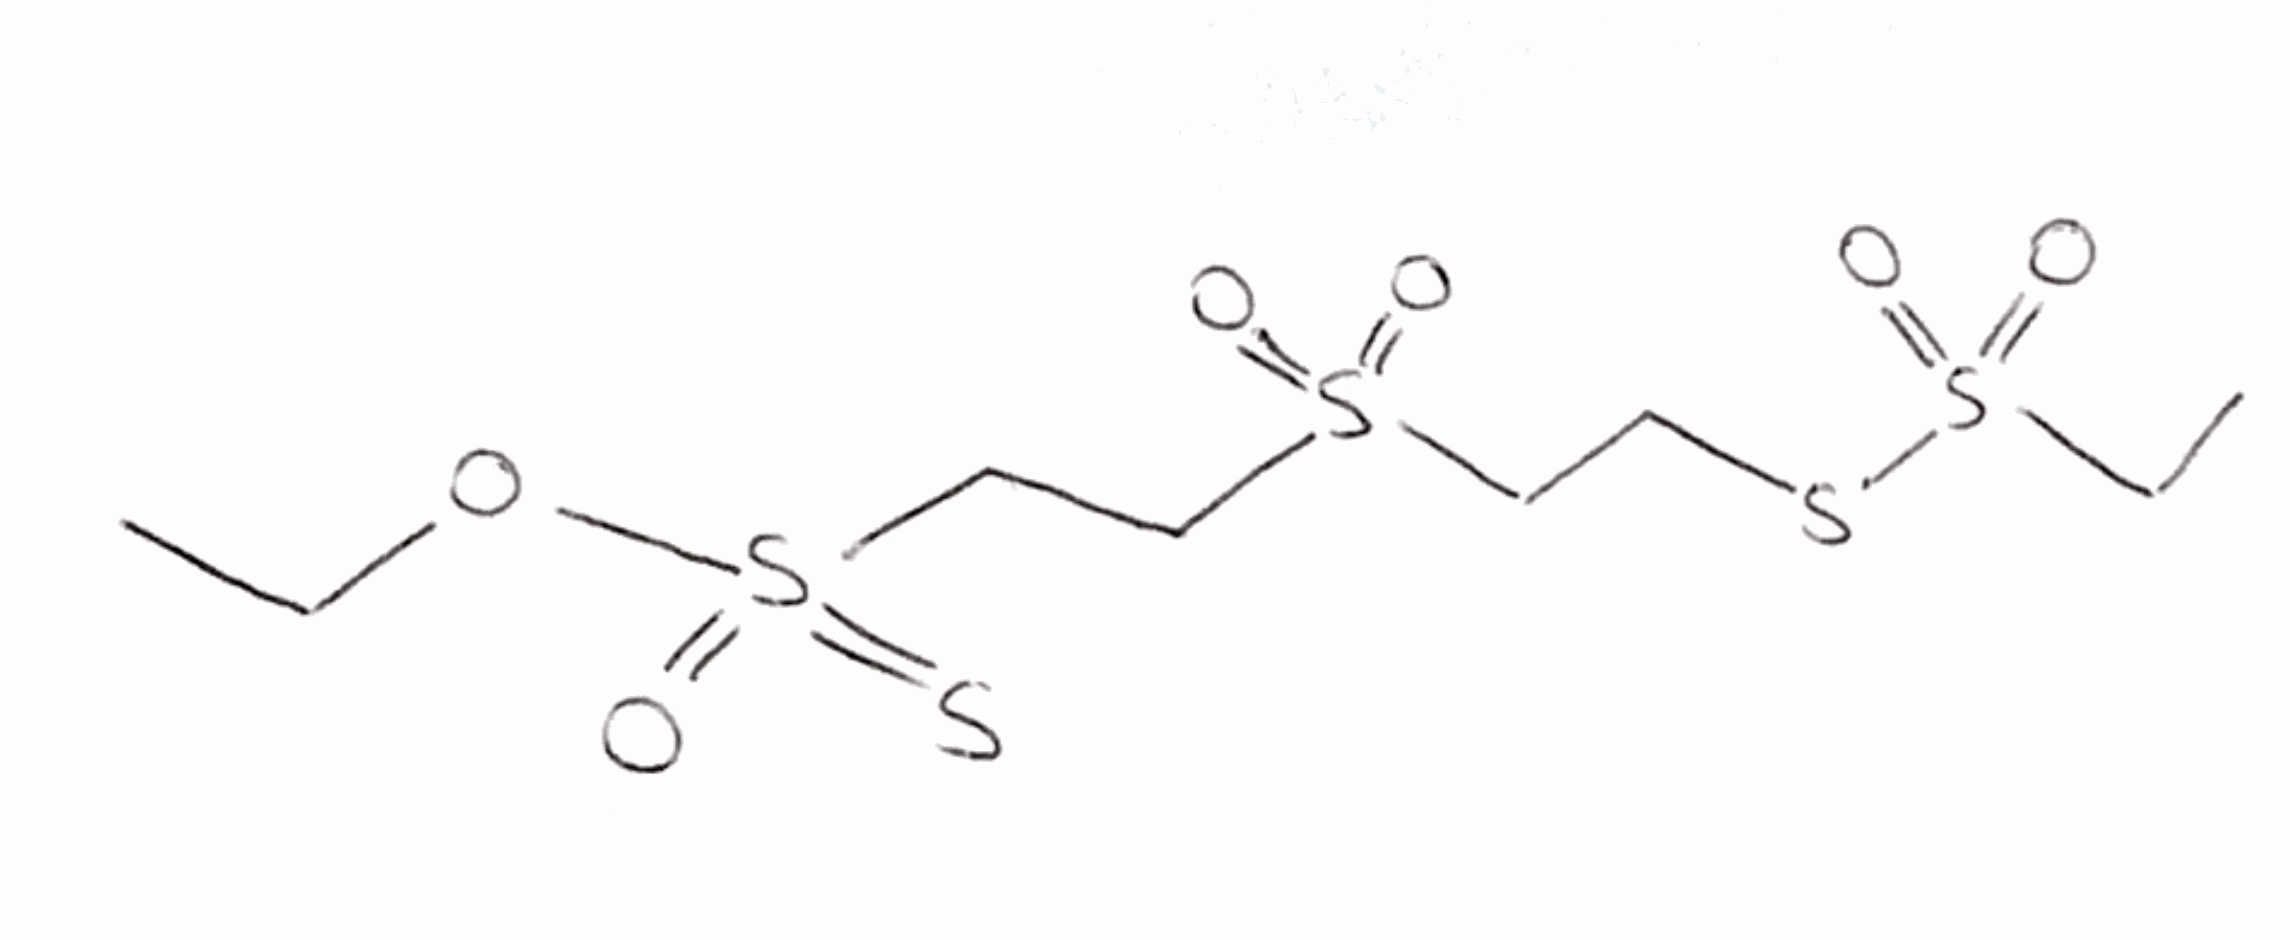
Simplified molecular-input line-entry system (SMILES) notation of the given molecule:
CCOS(=O)(=S)CCS(=O)(=O)CCSS(=O)(=O)CC